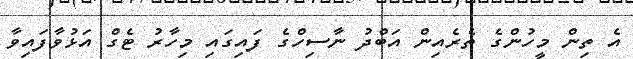
އެ ތިން މީހުންގެ ތެރެއިން އަބްދު ނާސިހްގެ ފައިގައި މިހާރު ޓެގް އަޅުވާފައިވާ